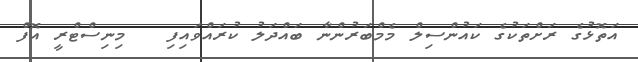
އަތޮޅުގެ ރަށްތަކުގެ ކައުންސިލް މެމްބަރުންނާ ބައްދަލު ކުރައްވައިފި   މިނިސްޓްރީ އޮފް